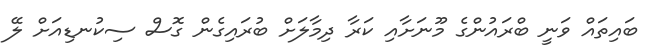
ބައިތައް ވަނީ ބްރައުންގެ މޫނަށާއި ކަރާ ދިމާލަށް ބުރައިގެން ގޮސް ސިކުނޑިއަށް ލޭ